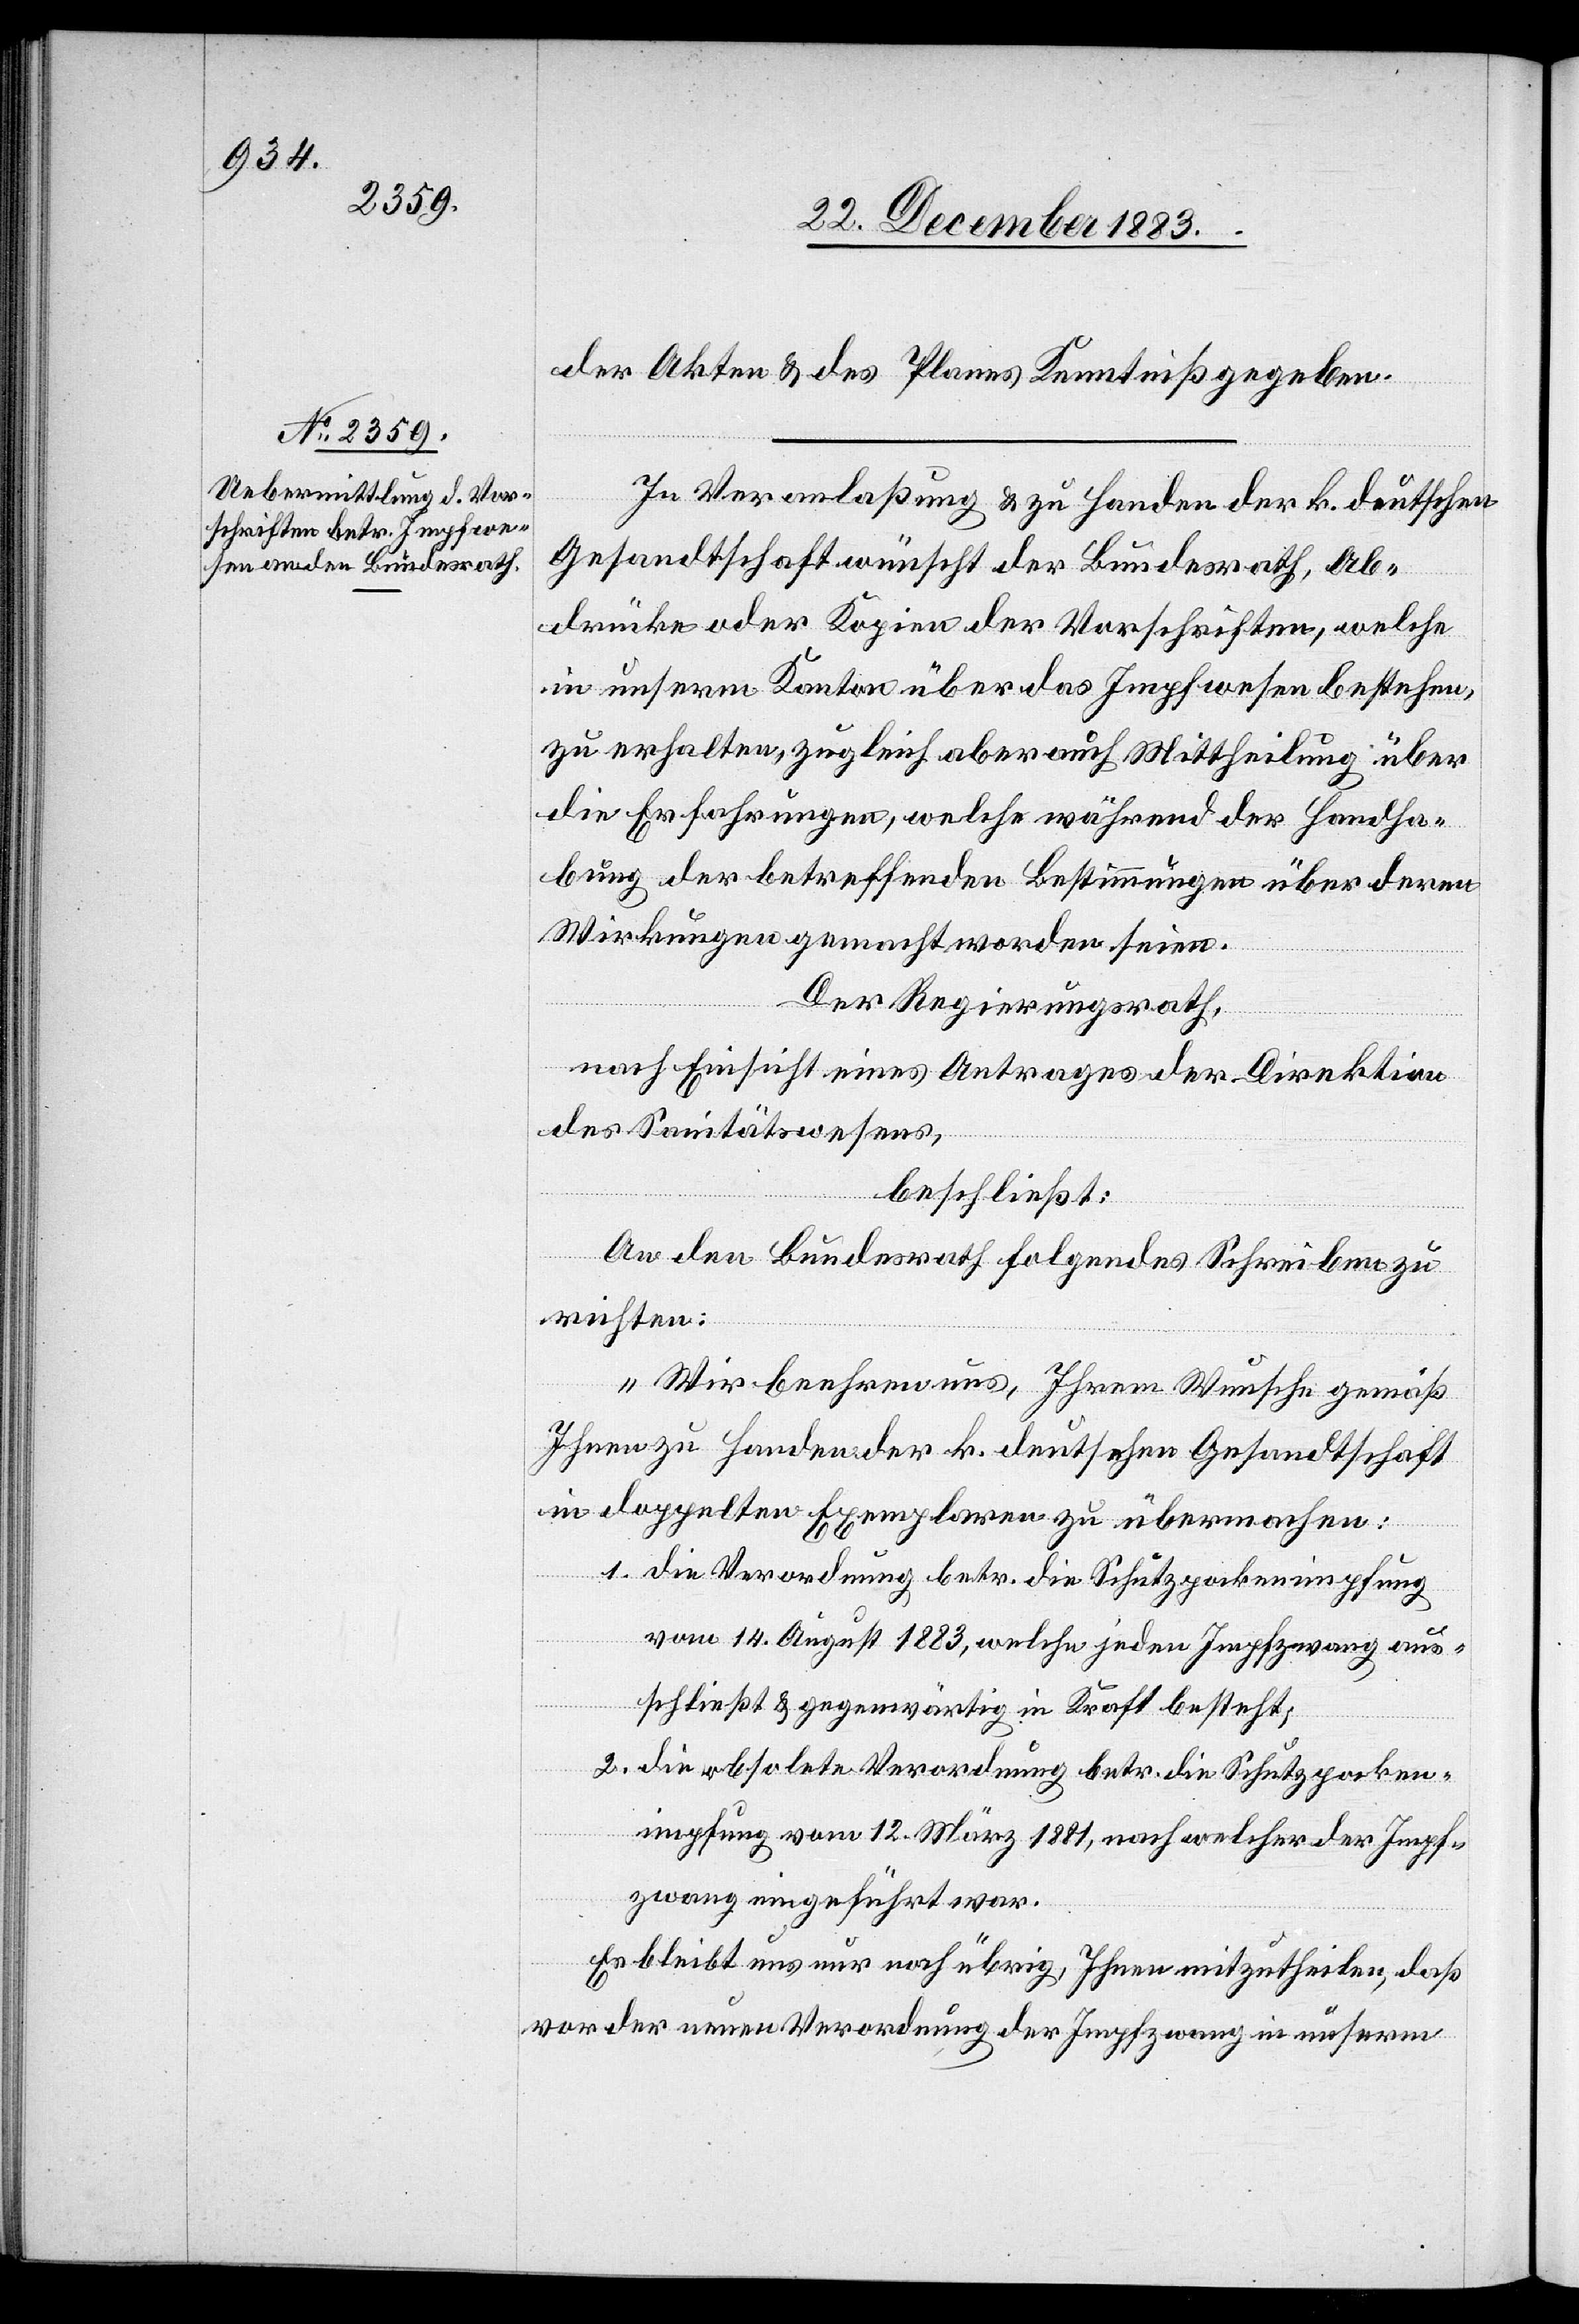
der Akten & des Planes Kenntniß gegeben.
In Veranlaßung & zu Handen der k. deutschen
Gesandtschaft wünscht der Bundesrath, Ab¬
drücke oder Kopien der Vorschriften, welche
in unserm Kanton über das Impfwesen bestehen,
zu erhalten zugleich aber auch Mittheilung über
die Erfahrungen, welche während der Handha¬
bung der betreffenden Bestimmungen über deren
Wirkungen gemacht worden seien.
Der Regierungsrath,
nach Einsicht eines Antrages der Direktion
des Sanitätswesens,
beschließt:
An den Bundesrath folgendes Schreiben zu
richten:
„Wir beehren uns, Ihrem Wunsche gemäß
Ihnen zu Handen der k. deutschen Gesandtschaft
im doppelten Exemplaren zu übermachen:
1. die Verordnung betr. die Schutzpockenimpfung
vom 12. März 1881, welche jeden Impfzwang aus¬
schließt & gegenwärtig in Kraft besteht;
2. die obsolete Verordnung betr. die Schutzpocken¬
impfung vom 12. März 1881, nach welcher der Impf¬
zwang eingeführt war.
Es bleibt uns nur noch übrig, Ihnen mitzutheilen, daß
vor der neuen Verordnung der Impfzwang in unserm